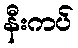
နီးကပ်